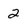
Character: 2